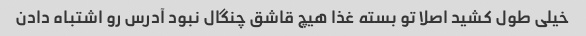
خیلی طول کشید اصلا تو بسته غذا هیچ قاشق چنگال نبود آدرس رو اشتباه دادن